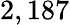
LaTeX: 2,187